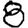
Digit: 8